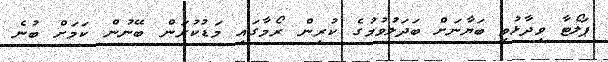
ޕަލޯޓާ ވިދާޅުވީ ބަޔާނަށް ބަދަލުވުމުގެ ކުރިން ރޯމާގައި މަޑުކުރަން ބޭނުން ކަމަށް ބުނެ